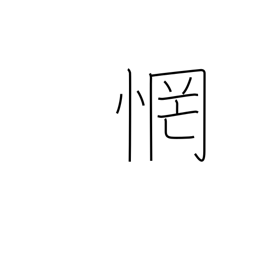
Meaning: be astonished